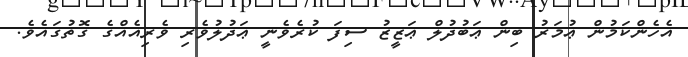
އެހެންކަމުން ޢުމަރު ބިން ޢަބުދުލް ޢަޒީޒު ސިފަ ކުރެވެނީ ޢަދުލުވެރި ވެރިއެއްގެ ގޮތުގައެވެ.